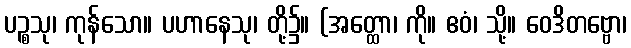
ပဉ္စသု၊ ကုန်သော။ ပဟာနေသု၊ တို့၌။ (အတ္ထော၊ ကို။ ဧဝံ၊ သို့။ ဝေဒိတဗ္ဗော၊